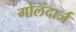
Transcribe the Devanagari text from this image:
गोलंदार्ज